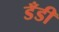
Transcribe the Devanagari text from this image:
डँडी